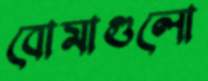
বোমাগুলো